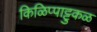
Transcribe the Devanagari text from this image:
किळिप्पाट्टुकळ